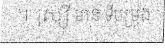
។ រុស្ស៊ី មាន ទីបម្រុង